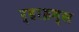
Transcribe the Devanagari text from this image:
र्‍हाइम्स